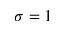
\sigma = 1